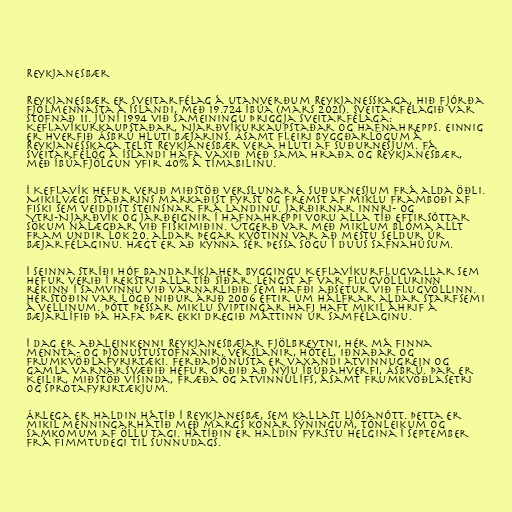
Reykjanesbær

Reykjanesbær er sveitarfélag á utanverðum Reykjanesskaga, hið fjórða
fjölmennasta á Íslandi, með 19.724 íbúa (mars 2021). Sveitarfélagið var
stofnað 11. júní 1994 við sameiningu þriggja sveitarfélaga:
Keflavíkurkaupstaðar, Njarðvíkurkaupstaðar og Hafnahrepps. Einnig
er hverfið Ásbrú hluti bæjarins. Ásamt fleiri byggðarlögum á
Reykjanesskaga telst Reykjanesbær vera hluti af Suðurnesjum. Fá
sveitarfélög á Íslandi hafa vaxið með sama hraða og Reykjanesbær,
með íbúafjölgun yfir 40% á tímabilinu.

Í Keflavík hefur verið miðstöð verslunar á Suðurnesjum frá alda öðli.
Mikilvægi staðarins markaðist fyrst og fremst af miklu framboði af
fiski sem veiddist steinsnar frá landinu. Jarðirnar Innri- og
Ytri-Njarðvík og jarðeignir í Hafnahreppi voru alla tíð eftirsóttar
sökum nálægðar við fiskimiðin. Útgerð var með miklum blóma allt
fram undir lok 20. aldar þegar kvótinn var að mestu seldur úr
bæjarfélaginu. Hægt er að kynna sér þessa sögu í Duus Safnahúsum.

Í seinna stríði hóf Bandaríkjaher byggingu Keflavíkurflugvallar sem
hefur verið í rekstri alla tíð síðar. Lengst af var flugvöllurinn
rekinn í samvinnu við varnarliðið sem hafði aðsetur við flugvöllinn.
Herstöðin var lögð niður árið 2006 eftir um hálfrar aldar starfsemi
á vellinum. Þótt þessar miklu sviptingar hafi haft mikil áhrif á
bæjarlífið þá hafa þær ekki dregið máttinn úr samfélaginu.

Í dag er aðaleinkenni Reykjanesbæjar fjölbreytni, hér má finna
mennta- og þjónustustofnanir, verslanir, hótel, iðnaðar og
frumkvöðlafyrirtæki. Ferðaþjónusta er vaxandi atvinnugrein og
gamla varnarsvæðið hefur orðið að nýju íbúðahverfi, Ásbrú. Þar er
Keilir, miðstöð vísinda, fræða og atvinnulífs, ásamt frumkvöðlasetri
og sprotafyrirtækjum.

Árlega er haldin hátíð í Reykjanesbæ, sem kallast Ljósanótt. Þetta er
mikil menningarhátíð með margs konar sýningum, tónleikum og
samkomum af öllu tagi. Hátíðin er haldin fyrstu helgina í september
frá fimmtudegi til sunnudags.